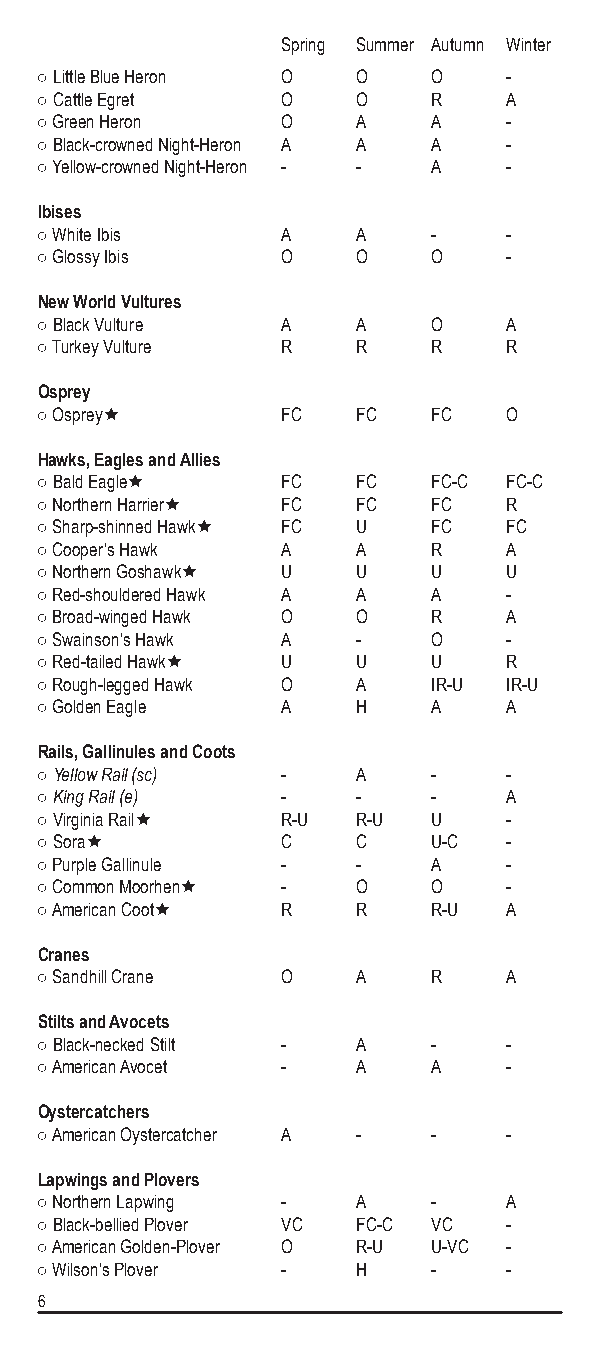
Spring Summer Autumn Winter
 ○ Little Blue Heron O O    O    -
 ○ Cattle Egret   O    O    R    A
 ○ Green Heron    O    A    A    -
 ○ Black-crowned Night-Heron A A A -
 ○ Yellow-crowned Night-Heron - - A -
 Ibises
 ○ White Ibis     A    A    -    -
 ○ Glossy Ibis    O    O    O    -
 New World Vultures
 ○ Black Vulture  A    A    O    A
 ○ Turkey Vulture R    R    R    R
 Osprey
 ○ Osprey        FC   FC   FC   O
 Hawks, Eagles and Allies
 ○ Bald Eagle    FC   FC   FC-C FC-C
 ○ Northern Harrier FC FC  FC   R
 ○ Sharp-shinned Hawk FC U FC   FC
 ○ Cooper’s Hawk  A    A    R    A
 ○ Northern Goshawk U U    U    U
 ○ Red-shouldered Hawk A A  A    -
 ○ Broad-winged Hawk O O    R    A
 ○ Swainson’s Hawk A   -    O    -
 ○ Red-tailed Hawk U  U    U    R
 ○ Rough-legged Hawk O A    IR-U IR-U
 ○ Golden Eagle   A    H    A    A
 Rails, Gallinules and Coots
 ○ Yellow Rail (sc) -  A    -    -
 ○ King Rail (e)  -    -    -    A
 ○ Virginia Rail R-U  R-U  U    -
 ○ Sora          C    C    U-C  -
 ○ Purple Gallinule -  -    A    -
 ○ Common Moorhen -   O    O    -
 ○ American Coot R    R    R-U  A
 Cranes
 ○ Sandhill Crane O    A    R    A
 Stilts and Avocets
 ○ Black-necked Stilt - A   -    -
 ○ American Avocet -   A    A    -
 Oystercatchers
 ○ American Oystercatcher A - -  -
 Lapwings and Plovers
 ○ Northern Lapwing -  A    -    A
 ○ Black-bellied Plover VC FC-C VC -
 ○ American Golden-Plover O R-U U-VC -
 ○ Wilson’s Plover -   H    -    -
 6